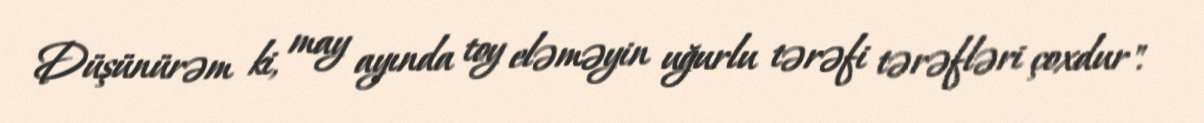
Düşünürəm ki, may ayında toy eləməyin uğurlu tərəfi tərəfləri çoxdur".